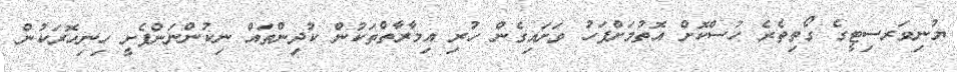
ޔުނިވަރސިޓީގެ ގޯތިތެރެ ހުސްކޮށް އޮތުމަށްފަހު ވަށައިގެން ހުރި އިމާރާތްތަކުން ކުދިންތައް ނިކުންނަންފެށީ ހިނިހޮރަކުން